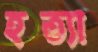
হত্যা